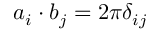
\boldsymbol a _ { i } \cdot \boldsymbol b _ { j } = 2 \pi \delta _ { i j }